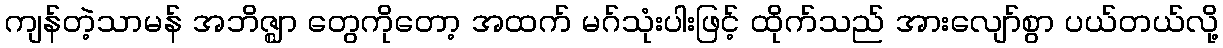
ကျန်တဲ့သာမန် အဘိဇ္ဈာ တွေကိုတော့ အထက် မဂ်သုံးပါးဖြင့် ထိုက်သည် အားလျော်စွာ ပယ်တယ်လို့